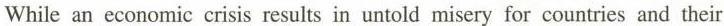
While an economic crisis results in untold misery for countries and their